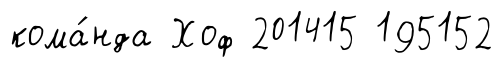
кома́нда Хоф 201415 195152